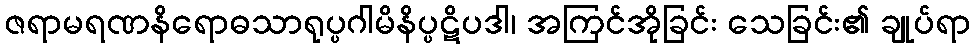
ဇရာမရဏနိရောဓသာရုပ္ပဂါမိနိပ္ပဋိပဒါ၊ အကြင်အိုခြင်း သေခြင်း၏ ချုပ်ရာ